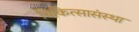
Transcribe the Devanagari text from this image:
चिकित्सासंस्था